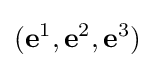
(\mathbf {e} ^{1},\mathbf {e} ^{2},\mathbf {e} ^{3})